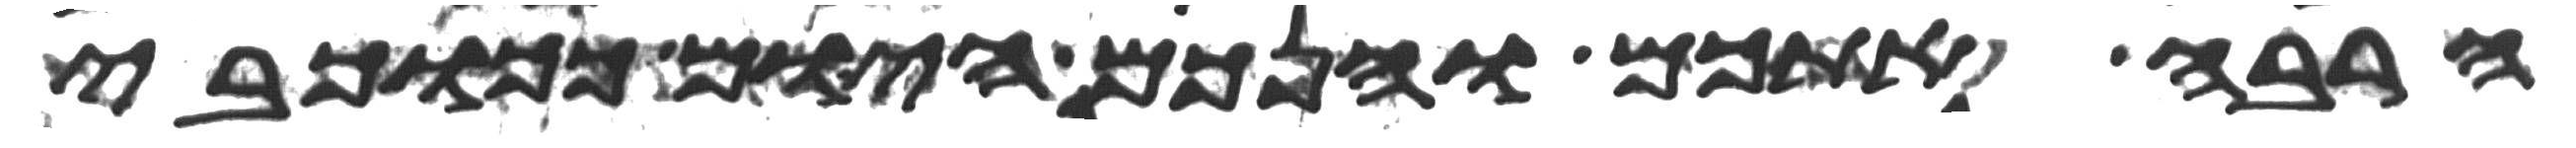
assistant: הרבה אתכם והנכם היום ככוכבי